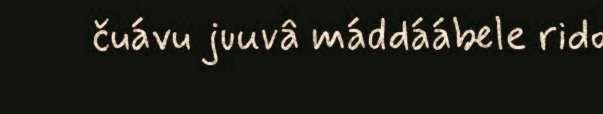
čuávu juuvâ máddáábele rido